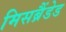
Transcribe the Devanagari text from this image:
मिसब्रैंडेड